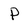
Character: P